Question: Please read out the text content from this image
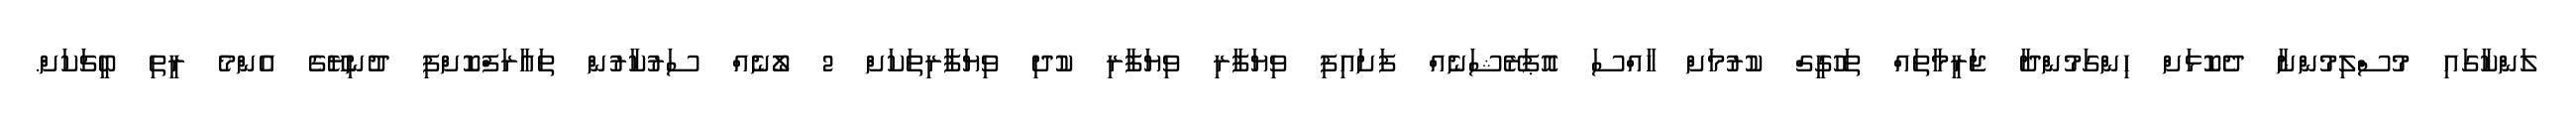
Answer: ލަންކާގައި މުސްލިމުންނާ ދެކޮޅަށް ހިންގަމުންދާ ޖަރީމާތައް ތަހުގީގް ކުރުމަށް ހާއްސަ އޮޕަރޭޝަނެއް ފަށައިފި ވިޔަފާރި ވިޔަފާރި ކުދި ވިޔަފާރިތަކަށް 2 ލޯނެއް ސަރުކާރުން ތައާރަފްކޮށްފި ދުނިޔޭގެ އެންމެ ރީތި ބީޗަކަށް.